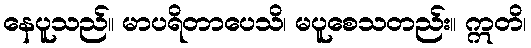
နေပူသည်။ မာပရိတာပေသိ၊ မပူစေသတည်း။ ဣတိ၊